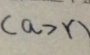
( a > r )